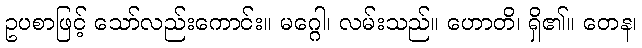
ဥပစာဖြင့် သော်လည်းကောင်း။ မဂ္ဂေါ၊ လမ်းသည်။ ဟောတိ၊ ရှိ၏။ တေန၊